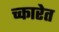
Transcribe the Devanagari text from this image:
च्कारेत